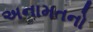
અનામતનો